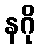
နဂို